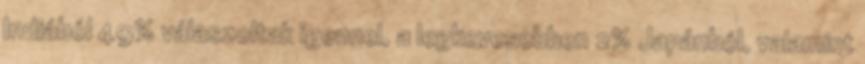
Indiából 49% válaszoltak igennel, a legkevesebben 2% Japánból, valamint